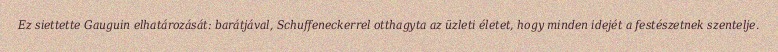
Ez siettette Gauguin elhatározását: barátjával, Schuffeneckerrel otthagyta az üzleti életet, hogy minden idejét a festészetnek szentelje.